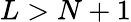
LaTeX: L>N+1